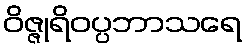
ဝိဇ္ဇုရိဝပ္ပဘာသရေ